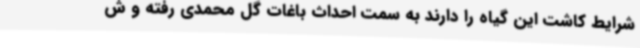
شرایط کاشت این گیاه را دارند به سمت احداث باغات گل محمدی رفته و ش